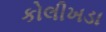
કોલીખડા